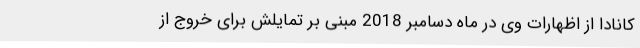
کانادا از اظهارات وی در ماه دسامبر 2018 مبنی بر تمایلش برای خروج از